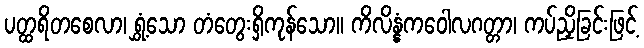
ပတ္ထရိတစေလာ၊ ရွှံ့သော တံတွေးရှိကုန်သော။ ကိလိန္နံကဝေါလဂတ္တာ၊ ကပ်ညှိခြင်းဖြင့်